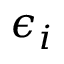
\boldsymbol { \epsilon } _ { i }